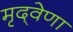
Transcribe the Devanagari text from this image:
मृद्‌वेणा